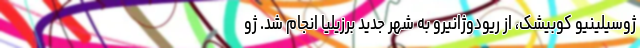
ژوسیلینیو کوبیشک، از ریودوژانیرو به شهر جدید برزیلیا انجام شد. ژو